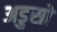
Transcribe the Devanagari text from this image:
अडुसो